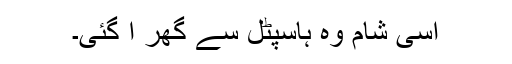
اسی شام وہ ہاسپٹل سے گھر آ گئی۔